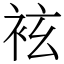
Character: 袨